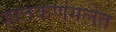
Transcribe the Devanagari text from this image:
हातकणंगलेत